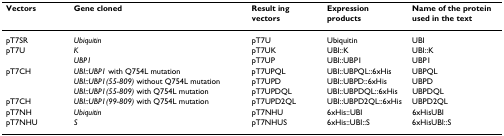
<table><thead><tr><td><b>Vectors</b></td><td><b>Gene cloned</b></td><td><b>Result ing vectors</b></td><td><b>Expression products</b></td><td><b>Name of the protein used in the text</b></td></tr></thead><tbody><tr><td>pT7SR</td><td><i>Ubiquitin</i></td><td>pT7U</td><td>Ubiquitin</td><td>UBI</td></tr><tr><td>pT7U</td><td><i>K</i></td><td>pT7UK</td><td>UBI::K</td><td>UBI::K</td></tr><tr><td></td><td><i>UBP1</i></td><td>pT7UP</td><td>UBI::UBP1</td><td>UBP1</td></tr><tr><td>pT7CH</td><td><i>UBI::UBP1 </i>with Q754L mutation</td><td>pT7UPQL</td><td>UBI::UBPQL::6xHis</td><td>UBPQL</td></tr><tr><td></td><td><i>UBI::UBP1(55-809) </i>without Q754L mutation</td><td>pT7UPD</td><td>UBI::UBPD::6xHis</td><td>UBPD</td></tr><tr><td></td><td><i>UBI::UBP1(55-809) </i>with Q754L mutation</td><td>pT7UPDQL</td><td>UBI::UBPDQL::6xHis</td><td>UBPDQL</td></tr><tr><td>pT7CH</td><td><i>UBI::UBP1(99-809) </i>with Q754L mutation</td><td>pT7UPD2QL</td><td>UBI::UBPD2QL::6xHis</td><td>UBPD2QL</td></tr><tr><td>pT7NH</td><td><i>Ubiquitin</i></td><td>pT7NHU</td><td>6xHis::UBI</td><td>6xHisUBI</td></tr><tr><td>pT7NHU</td><td><i>S</i></td><td>pT7NHUS</td><td>6xHis::UBI::S</td><td>6xHisUBI::S</td></tr></tbody></table>